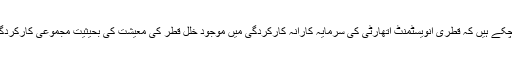
بین الاقوامی ماہرین یہ باور کرا چکے ہیں کہ قطری انویسٹمنٹ اتھارٹی کی سرمایہ کارانہ کارکردگی میں موجود خلل قطر کی معیشت کی بحیثیت مجموعی کارکردگی کے خلل سے مختلف نہیں ہے۔